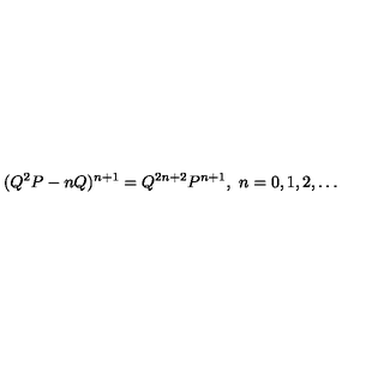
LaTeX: ( Q ^ { 2 } P - n Q ) ^ { n + 1 } = Q ^ { 2 n + 2 } P ^ { n + 1 } , \ n = 0 , 1 , 2 , \ldots